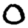
Digit: 0